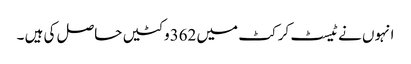
انہوں نے ٹیسٹ کرکٹ میں 362وکٹیں حاصل کی ہیں ۔